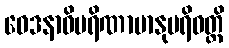
ဝေဒနာဝိပရိဏာမာနုပရိဝတ္တိ